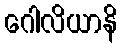
ဂေါလိယာနိ